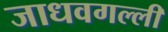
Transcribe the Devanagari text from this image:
जाधवगल्ली